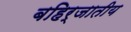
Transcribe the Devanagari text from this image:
बहिर्जातीय